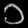
Digit: ၁